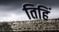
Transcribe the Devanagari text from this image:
तिहिं